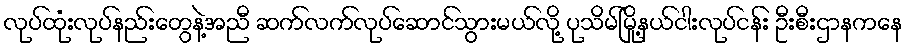
လုပ်ထုံးလုပ်နည်းတွေနဲ့အညီ ဆက်လက်လုပ်ဆောင်သွားမယ်လို့ ပုသိမ်မြို့နယ်ငါးလုပ်ငန်း ဦးစီးဌာနကနေ